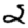
Digit: 2